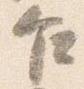
乍